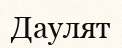
Даулят